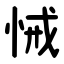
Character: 悈